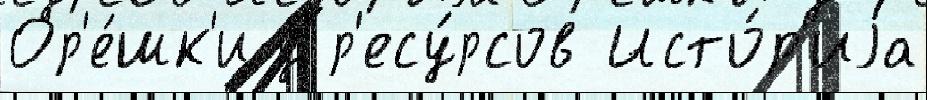
Ор'е́шк'и у р'есу́рсов Исто́р'иjа